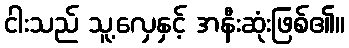
ငါးသည် သူ့လှေနှင့် အနီးဆုံးဖြစ်၏။